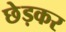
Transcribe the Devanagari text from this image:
छेड़कर